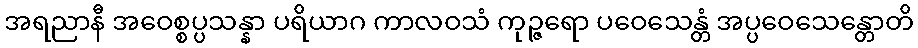
အရညာနီ အဝေစ္စပ္ပသန္နာ ပရိယာဂ ကာလဝသံ ကုဉ္ဇရော ပဝေသေန္တံ အပ္ပဝေသေန္တောတိ